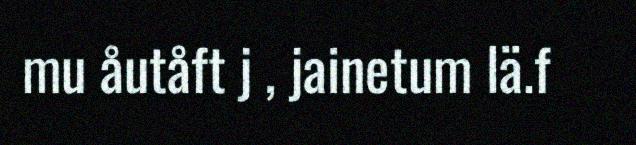
mu åutåft j , jainetum lä.f